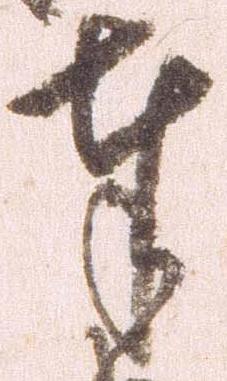
奉